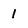
Character: 1